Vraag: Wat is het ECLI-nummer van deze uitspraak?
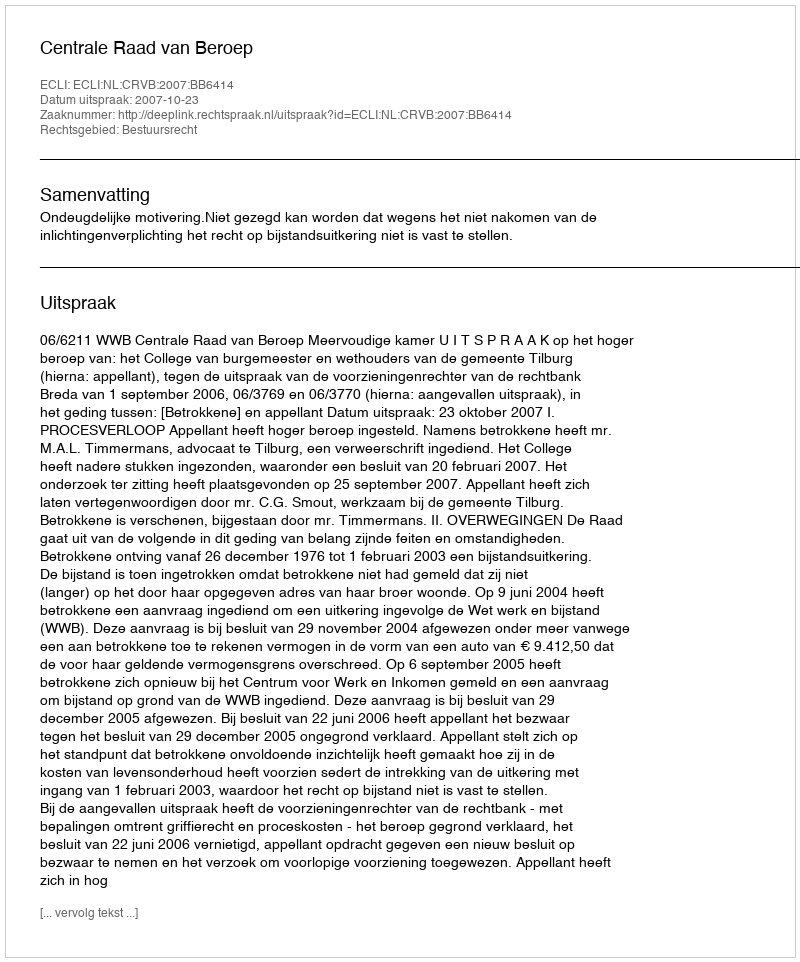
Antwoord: ECLI:NL:CRVB:2007:BB6414